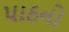
પાઠનો